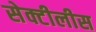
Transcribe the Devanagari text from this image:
सेक्टीलीस